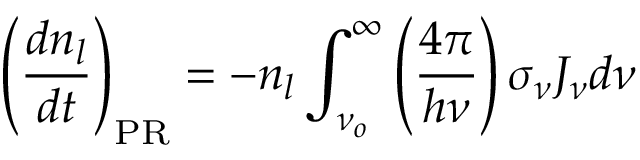
\left( \frac { d n _ { l } } { d t } \right) _ { \scriptsize \mathrm { P R } } = - n _ { l } \int _ { \nu _ { o } } ^ { \infty } \left( { \frac { 4 \pi } { h \nu } } \right) \sigma _ { \nu } J _ { \nu } d \nu